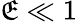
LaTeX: \mathfrak{E}\ll1